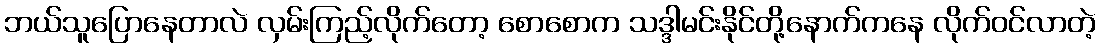
ဘယ်သူပြောနေတာလဲ လှမ်းကြည့်လိုက်တော့ စောစောက သဒ္ဒါမင်းနိုင်တို့နောက်ကနေ လိုက်ဝင်လာတဲ့